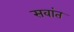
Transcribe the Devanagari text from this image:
सवांत